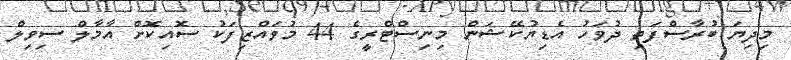
މިދިޔަ ބުރާސްފަތި ދުވަހު އެޑިޔުކޭޝަން މިނިސްޓްރީގެ 44 މުވައްޒިފަކު ސޮއިކޮށް އާމާލް ސިވިލް